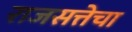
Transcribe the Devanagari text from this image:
राजसत्तेचा